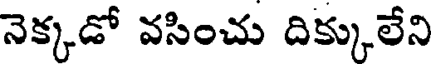
నెక్కడో వసించు దిక్కులేని